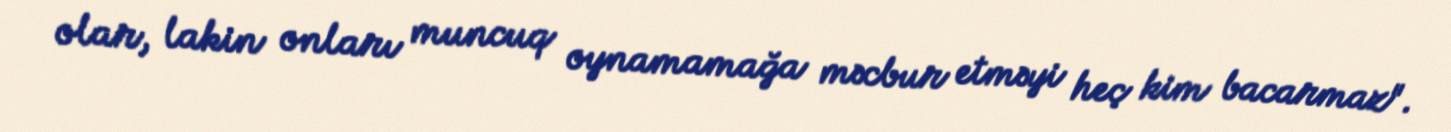
olar, lakin onları muncuq oynamamağa məcbur etməyi heç kim bacarmaz".